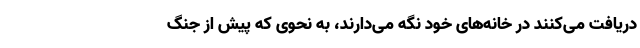
دریافت می‌کنند در خانه‌های خود نگه می‌دارند، به نحوی که پیش از جنگ